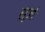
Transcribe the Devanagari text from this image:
लूजो